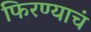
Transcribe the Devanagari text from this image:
फिरण्याचं